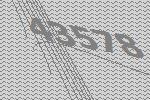
43578